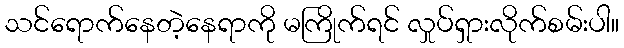
သင်ရောက်နေတဲ့နေရာကို မကြိုက်ရင် လှုပ်ရှားလိုက်စမ်းပါ။